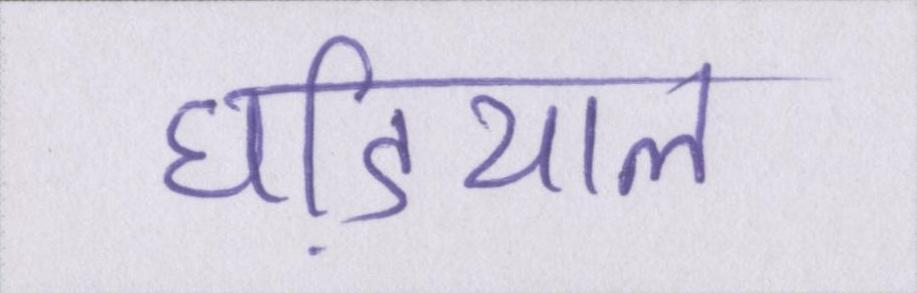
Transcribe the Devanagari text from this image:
घडि़याल